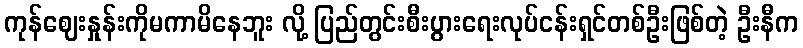
ကုန်ဈေးနှုန်းကိုမကာမိနေဘူး လို့ ပြည်တွင်းစီးပွားရေးလုပ်ငန်းရှင်တစ်ဦးဖြစ်တဲ့ ဦးနီက